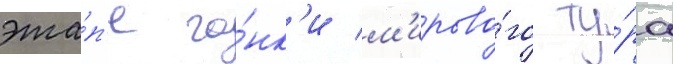
эта́п'е го́нк'и м'ирово́го ту́ра